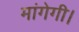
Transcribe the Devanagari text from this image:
मांगेगी।